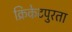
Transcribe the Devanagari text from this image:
क्रिकेटपुरता